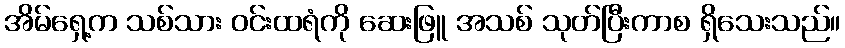
အိမ်ရှေ့က သစ်သား ဝင်းထရံကို ဆေးဖြူ အသစ် သုတ်ပြီးကာစ ရှိသေးသည်။